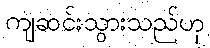
ကျဆင်းသွားသည်ဟု